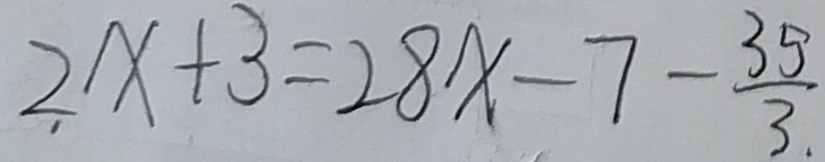
2 x + 3 = 2 8 x - 7 - \frac { 3 5 } { 3 }